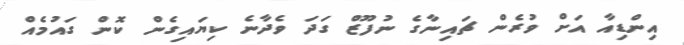
އިންޑިއާ އަށް ވުރެން ޗައިނާގެ ނުފޫޒް ގަދަ ވެދާނެ ކިޔައިގެން ކޮން ގައުމެއް